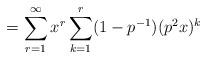
LaTeX: \begin{align*}= \sum_{r=1}^{\infty} x^r\sum_{k=1}^{r}(1-p^{-1})(p^2x)^k\end{align*}